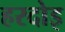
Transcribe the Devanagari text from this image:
हरदोइ